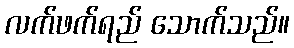
လက်ဖက်ရည် သောက်သည်။